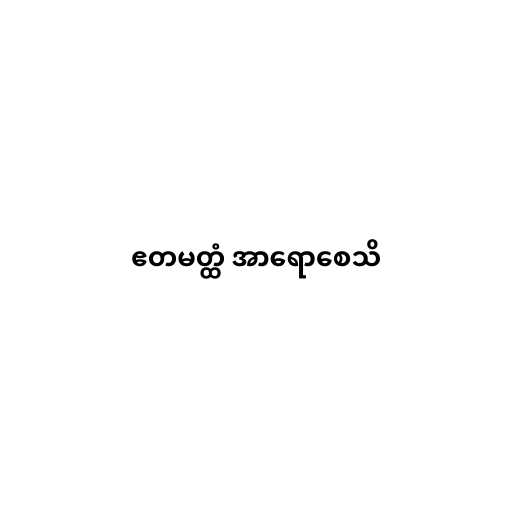
ဧတမတ္ထံ အာရောစေသိ